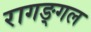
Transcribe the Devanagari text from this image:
रागङ्गल